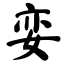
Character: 娈